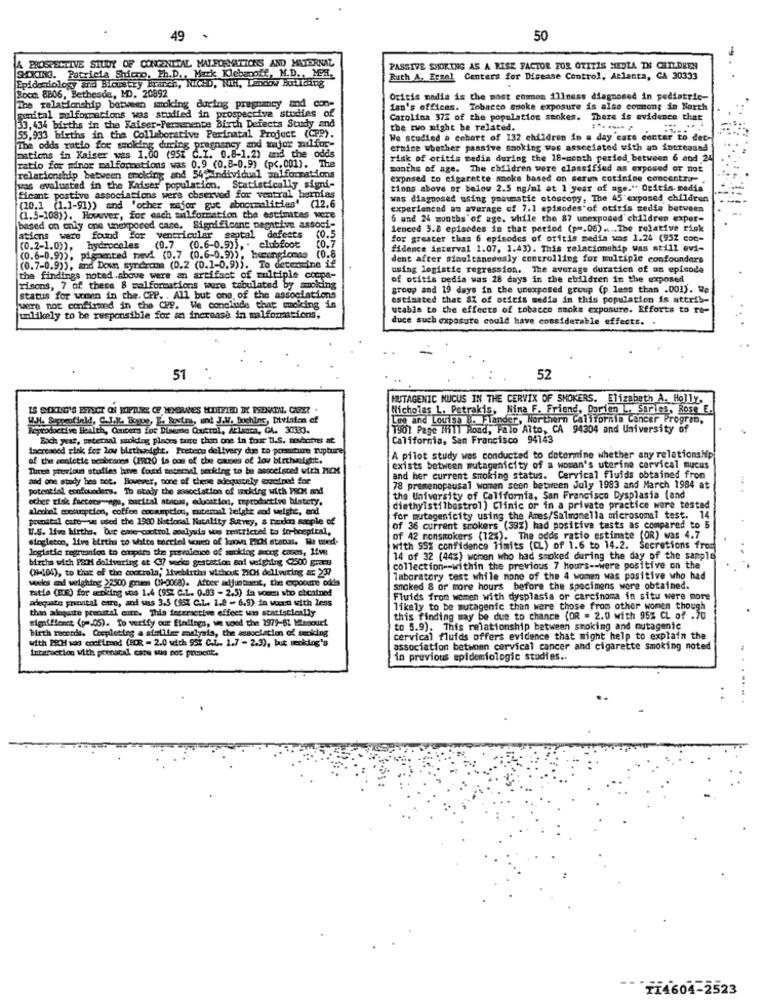
49
50
A PROSPECTIVE STUDY OF CONGENITAL MALFORMATIONS AND MATERNAL
Sokind. Patricia Shicco, Ph.D ., Mark Klebanoff, M.D ., MeA.
PASSIVE SMOKING AS A RISK FACTOR FOR OTITIS MEDIA IN CHILDREN
Epidemiology and Biowitry Branch, NICHD, Ni, Landow Building
Ruth A, Erzel Centers for Disease Control, Atlanta, CA 30333
Boca 8806, Bethesda, MD. 20892
Otitis media is the most common illness diagnosed in pediatric-
genital malformations was studied in prospective studies of
The relationship between smoking during pregnancy and con-
fan's offices. Tobacco smoke exposure is also coumon; in North
33, 434 births in the Kaiser-Perumente Birth Defects Study and
Carolina 37% of the population seokes. There is evidence that
the two might be related.
55,933 births in the Collaborative Perinatal Project (CPP).
We studied a cohort of 132 children in a day care center to det-
The odds ratio for smoking during pregnancy and major nul for-
ermine whether passive smoking was associated with an intreoand
mations in Kaiser was 1.00 (951 C.I. 0.8-1.2) and the odds
risk of otitis media during the 16-month period, between 6 and 24
ratio for minor mal formations was 0.9 (0.8-0.9) (p <. 001). The
months of age. The children were classified as exposed or not
relationship between smoking and 549individual malformations
exposed to cigarette smoke based on serun cotinine concentra-
was evaluated in the Kaiser population. Statistically signi-
Statistically signi-
tions above or below 2.5 mg/ml at 1 year of age." Geitin.media
ficant postive associations were chserved for ventral hernias
was diagnosed using pneumatic ctoscopy, The 45 exposed children
(20.1 (1.1-91)) and 'ocher major gue abogummalities' (12.6
experienced an average of 7.1 episodes of otitis media between
(1.5-108)). However, for each malformation the estimates were
6 and 24 months'of age. while the 87 unexposed children exper-
based on only one unexposed care. Significant negative associ-
ienced 5.8 episodes in that period (pm.06) .... The relative risk
ations were found For
ventricular septal defects (0.5
for greater than 6 episodes of otitis media was 1.24 (952 con-
(0.2-1.0)), hydroceles
(0.6-0.9)), pigmented nevi (0.7 (0.6-0.9)5"
(0.7 (0.6-0.9)) ,. clubfoot
(0.7
fidence interval 1.07, 1.43). This relationship was still evi-
0.9)), hemangiomas (0.8
dent after simultaneously controlling for multiple confounders
(0.7-0.9)), and Down syndrome (0.2 (0.1-0.9)). To determine if
using logistic regression. The average duration of an episode
the findings noted above were an artifact of multiple compa-
of otitis media was 28 days in the children in the exposed
risons, 7 of these 8 mal formations were tabulated by smoking
group and 19 days in the unexposed group (p less than .001). We
status for women in the. CPP. . All but one of the associations
estimated that SZ of oticis media in this population is attrib-
were not confirmed in the CPP. We conclude that smoking in
utable to the effects of tobacco smoke exposure. Efforts to re-
junlikely to be responsible for an increase in malformations,
duce such exposure could have considerable effects. .
51
52
HUTAGENIC MUCUS IN THE CERVIX OF SMOKERS. Elizabeth A. Holly,
Nicholas L. Petrakis, Nina F. Friend, Dorien L. Sarles, Rose E
W.N. Suppenfield, C.J.K. Toque, E. Routra, und J.W. Dochins, Division of
Lee and Louisa B. Flander, Northern California Cancer Program,
Reproductive Health, Omucers for Diseme Couttol, Atlanta, GA. 30633.
1901 Page Hill Road, Paio Alto, CA 94304 and University of
Each year, setemal stoking places tuge then one in four U.S. nohorns at
California, San Francisco 94143
Increased risk fer low birthweight, Pretero delivery due to pourture rupture
of the cenietie scabranns (PROO ta con of the caves of lov btrthatshit.
A pilot study was conducted to determine whether any relationsHp
Tures previous studies have found maceraal secking to be assoefsced with PROM
exists between mutagenicity of a woman's uterine cervical mucus
and one stady hes not. lioverer, none of these adequately woofned for
and her current smoking status. Cervical fluids obtained from
potential ccofounders. To atady the association of waxkirg with PICK and
78 premenopausal women seen between July 1993 and March 1984 at
other risk factors-age, marital strom, education, mproductive history.
the University of California, San Francisco Dysplasia (and
alcohol mocsumption, coffee cocaumption, muternal height and weighe, and
diethylstilbestrol ) Clinic or in a private practice were tested
prenatal care we used the 1900 National Mutality Survey, & randers mary
dagenicity using the Ames/Salmonella microsomal test. 14
U.S. Live births. Our cine-control analysis we restricted to in-boepital
of 36 current smokers (39%) had positive tests as compared to 5
singleton, live birth to white worried woun of loxmes PACH status. Hu wned-
of 42 ronsmokers (12%). The odds ratio estimate (OR) was 4.7
logistic regression to compare the prevalence of smoking arong cases, Ifve
with $5% confidence limits (CL) of 1.6 to 14.2. Secretions from
births with EMM delivering at (7 weeks gestation and weighing <2500 grams
14 of 32 (44%) women who had smoked during the day of the sample
(H-104), to list of the cockrola; Itvebirth without 210 delivering ar 237
collection -- within the previous 7 hours -- were positive on the
wwlos and weighing 22500 gram (11-0068). After adjustment, the exposure odds
laboratory test while none of the 4 women was positive who had
Estle (EUR) for setking sos 1.4 (95% C.L. 0.83 - 2.5) fa voum who ebeatned
smoked & or more hours before the specimens were obtained.
Beloquite primtal euro, and sss 3.5 (95% C.L. 1.8 - 6.9) in voorn with less
Fluids from women with dysplasia or carcinoma in situ were more
this adequite prenatal eure. This feceractive effect was statistically
likely to be mutagenic than were those from other women though
signifienet (p -. 05). To verify our findings, um voed the 2979-62 Minpourt
this finding may be due to chance (OR = 2.0 with 95% CL of .70
birth maconde. Completleg a similiar malysis, the association of smoking
to 5.9). This relationship between smoking and mutagenic
with POCH soo cooftennd (FOR - 2.0 with 957 C.L .. 1.7 - 2.3), but mecking's
cervical fluids offers evidence that might help to explain the
Interaction with prenatal care sus not present.
association between cervical cancer and cigarette smoking noted
in previous epidemiologic studies ..
TI4604-2523